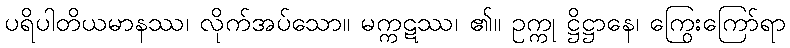
ပရိပါတိယမာနဿ၊ လိုက်အပ်သော။ မက္ကဋဿ၊ ၏။ ဥက္ကု ဋ္ဌိဋ္ဌာနေ၊ ကြွေးကြော်ရာ